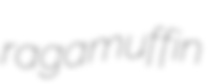
ragamuffin